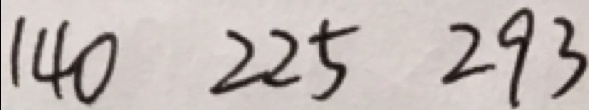
1 4 0 2 2 5 2 9 3